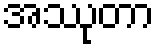
အဿုတာ